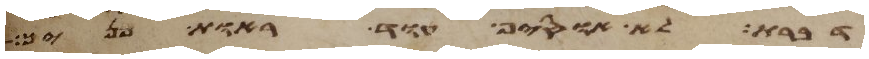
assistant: דברת לא אוסיף עוד ראות פניך